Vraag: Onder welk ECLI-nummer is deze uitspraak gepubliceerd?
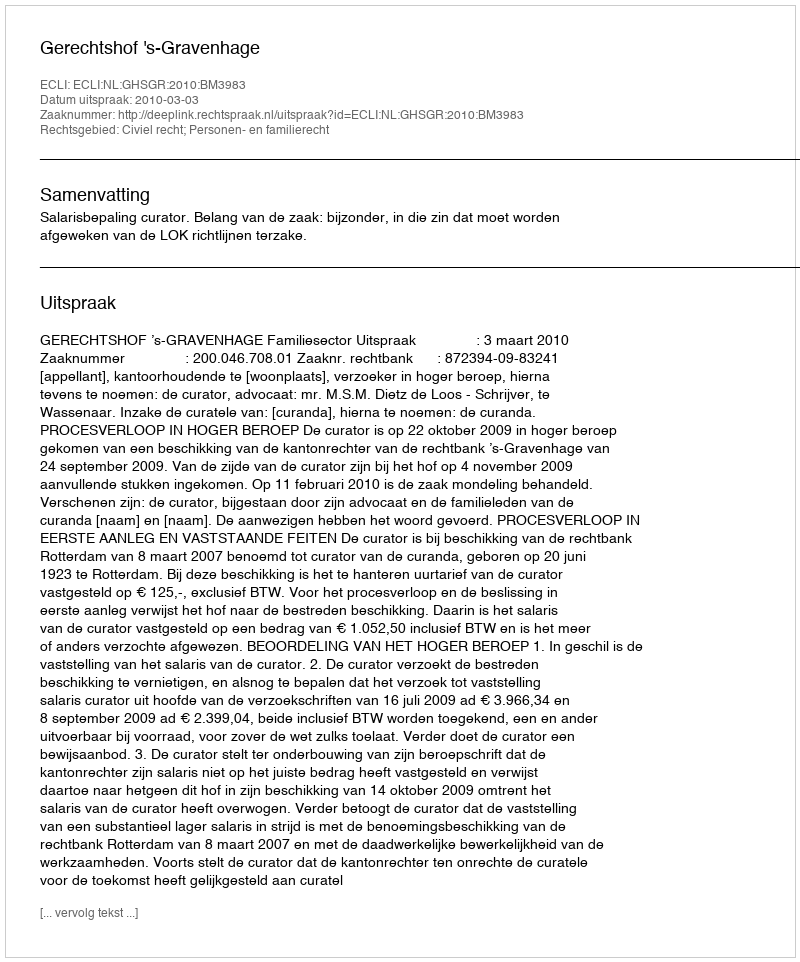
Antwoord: ECLI:NL:GHSGR:2010:BM3983